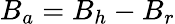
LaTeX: B_{a}=B_{h}-B_{r}